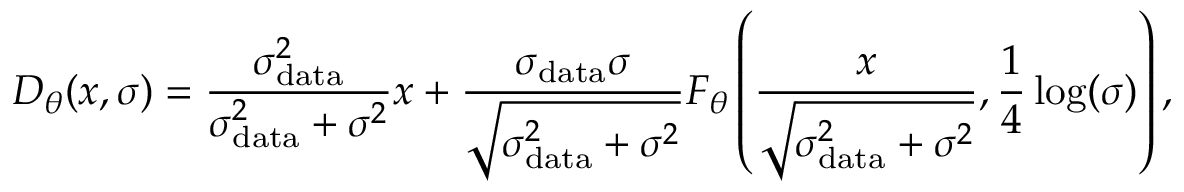
D _ { \theta } ( x , \sigma ) = \frac { \sigma _ { \mathrm { d a t a } } ^ { 2 } } { \sigma _ { \mathrm { d a t a } } ^ { 2 } + \sigma ^ { 2 } } x + \frac { \sigma _ { \mathrm { d a t a } } \sigma } { \sqrt { \sigma _ { \mathrm { d a t a } } ^ { 2 } + \sigma ^ { 2 } } } F _ { \theta } \left( \frac { x } { \sqrt { \sigma _ { \mathrm { d a t a } } ^ { 2 } + \sigma ^ { 2 } } } , \frac { 1 } { 4 } \log ( \sigma ) \right) ,